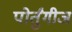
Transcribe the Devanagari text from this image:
पोर्तुंगीज